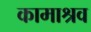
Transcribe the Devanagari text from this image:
कामाश्रव